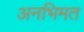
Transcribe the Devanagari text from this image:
अनभिमत